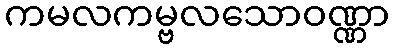
ကမလကမ္ဗလသောဝဏ္ဏာ